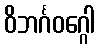
ဝိဘင်္ဂဝဂ္ဂေါ